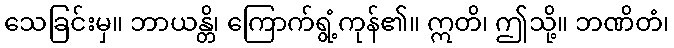
သေခြင်းမှ။ ဘာယန္တိ၊ ကြောက်ရွံ့ကုန်၏။ ဣတိ၊ ဤသို့။ ဘဏိတံ၊